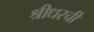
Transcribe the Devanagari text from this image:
श्रीधरची